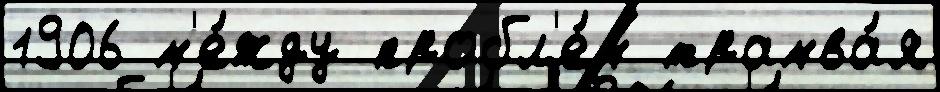
1906 м'е́жду пробл'е́м трамва́я